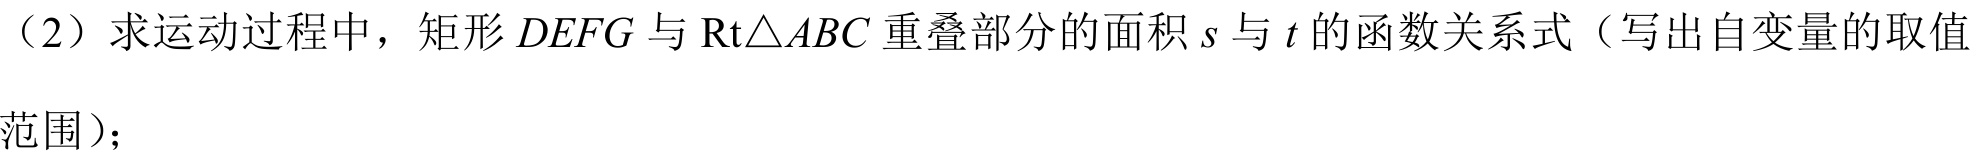
（2）求运动过程中，矩形\(DEFG\)与\(\mathrm{Rt}\triangle ABC\)重叠部分的面积\(s\)与\(t\)的函数关系式（写出自变量的取值
范围）；